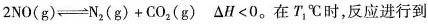
2NO(g)←─N_{2}(g)+CO_{2}(g) △H<0。在T_{1}℃时，反应进行到